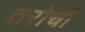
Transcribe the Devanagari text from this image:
तरोची